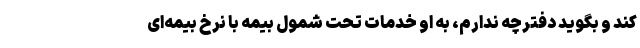
کند و بگوید دفترچه ندارم، به او خدماتِ تحت شمول بیمه با نرخ بیمه‌ای